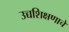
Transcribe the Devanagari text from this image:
उच्चशिक्षणाचे